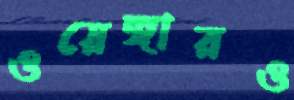
ওয়েঙ্গারও